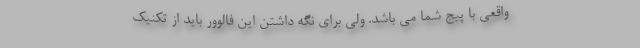
واقعی با پیج شما می باشد. ولی برای نگه داشتن این فالوور باید از تکنیک